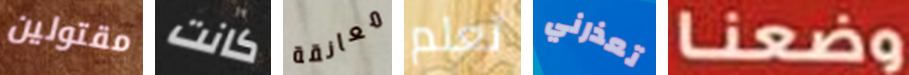
مقتولين كانت معانقة تعلم تعذرني وضعنا